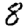
Digit: 8